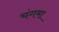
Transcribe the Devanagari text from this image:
चंगमा